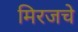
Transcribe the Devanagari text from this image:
मिरजचे